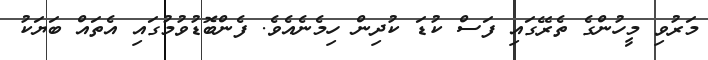
މަރުވި މީހުންގެ ތެރޭގައި ފަސް ކުޑަ ކުދިން ހިމެނެއެވެ. ފެންބޮޑުވުމުގައި އެތައް ބަޔަކު